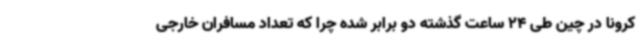
کرونا در چین طی 24 ساعت گذشته دو برابر شده چرا که تعداد مسافران خارجی